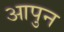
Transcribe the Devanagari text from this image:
आपुन